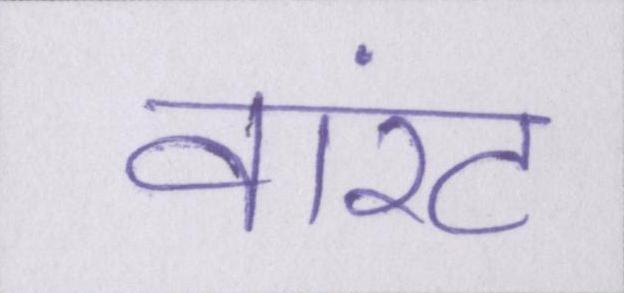
वारंट